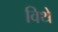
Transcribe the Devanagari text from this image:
विथे